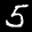
Label: 5